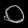
Digit: ၀